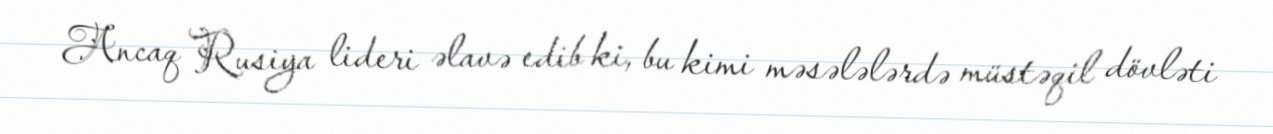
Ancaq Rusiya lideri əlavə edib ki, bu kimi məsələlərdə müstəqil dövləti